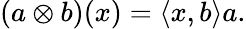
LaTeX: (a\otimes b)(x)=\langle x,b\rangle a.